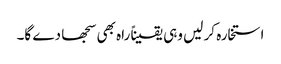
استخارہ کر لیں وہی یقیناً راہ بھی سجھا دے گا۔